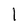
Character: l